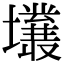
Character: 𡓙